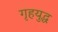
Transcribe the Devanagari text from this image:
गृहयुद्ध